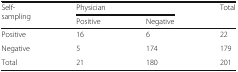
| <ROWSPAN=2> Self-sampling | <COLSPAN=2> Physician | <ROWSPAN=2> Total |
 | Positive | Negative |
 | --- | --- | --- | --- |
 | Positive | 16 | 6 | 22 |
 | Negative | 5 | 174 | 179 |
 | Total | 21 | 180 | 201 |